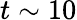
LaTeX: t\sim 10